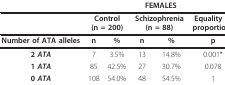
<table><thead><tr><td></td><td colspan="5"><b>FEMALES</b></td></tr></thead><tbody><tr><td></td><td colspan="2"><b>Control</b><b>(n = 200)</b></td><td colspan="2"><b>Schizophrenia</b><b>(n = 88)</b></td><td><b>Equality of</b><b>proportions</b></td></tr><tr><td><b>Number of ATA alleles</b></td><td><b>n</b></td><td><b>%</b></td><td><b>n</b></td><td><b>%</b></td><td><b>p</b></td></tr><tr><td><b>2 <i>ATA</i></b></td><td>7</td><td>3.5%</td><td>13</td><td>14.8%</td><td>0.001*</td></tr><tr><td><b>1 <i>ATA</i></b></td><td>85</td><td>42.5%</td><td>27</td><td>30.7%</td><td>0.078</td></tr><tr><td><b>0 <i>ATA</i></b></td><td>108</td><td>54.0%</td><td>48</td><td>54.5%</td><td>1</td></tr></tbody></table>